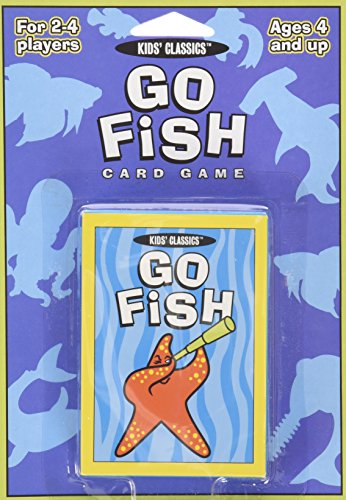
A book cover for Go Fish: Card Game (Kids Classics); Wendy Boccuzzi; Humor & Entertainment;